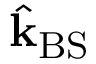
\hat { \mathbf { k } } _ { \mathrm { B S } }